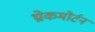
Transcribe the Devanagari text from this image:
थ्रोकमोर्टन